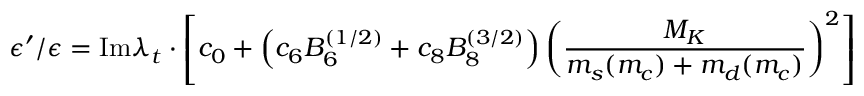
\epsilon ^ { \prime } / \epsilon = \mathrm { I m } \lambda _ { t } \cdot \left[ c _ { 0 } + \left( c _ { 6 } { \cal B } _ { 6 } ^ { ( 1 / 2 ) } + c _ { 8 } { \cal B } _ { 8 } ^ { ( 3 / 2 ) } \right) \left( \frac { M _ { K } } { m _ { s } ( m _ { c } ) + m _ { d } ( m _ { c } ) } \right) ^ { 2 } \right]